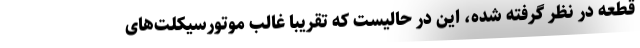
قطعه در نظر گرفته شده، این در حالیست که تقریباً غالب موتورسیکلت‌های